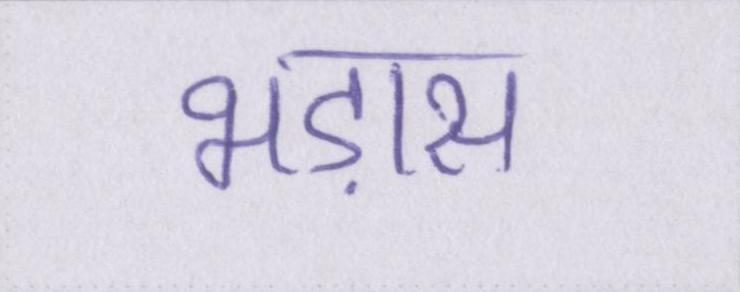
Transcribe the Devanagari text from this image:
भड़ास